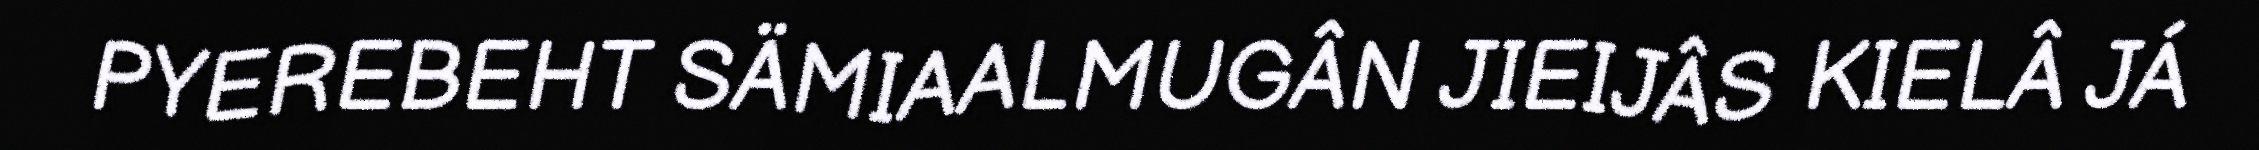
PYEREBEHT SÄMIAALMUGÂN JIEIJÂS KIELÂ JÁ